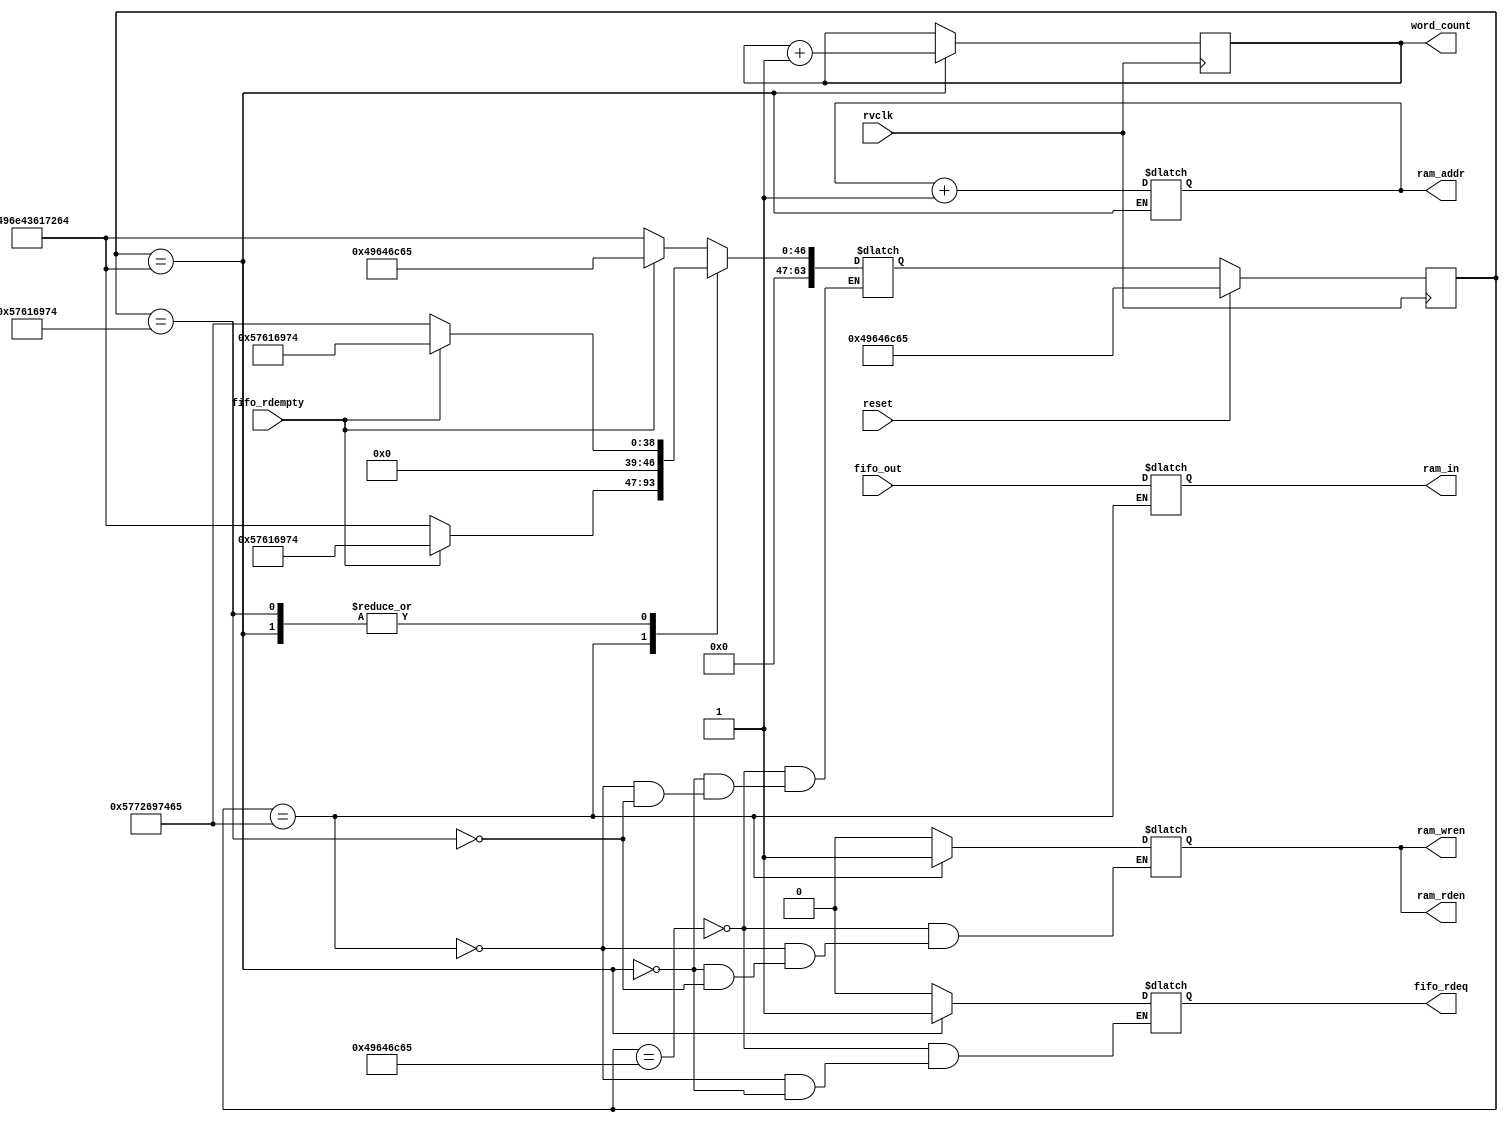
`timescale 1ns / 1ps
//////////////////////////////////////////////////////////////////////////////////
// Company: 
// Engineer: 
// 
// Design Name: 
// Module Name: Block_RAM
// Project Name: 
// Target Devices: 
// Tool Versions: 
// Description: 
// 
// Dependencies: 
// 
// Revision:
// Revision 0.01 - File Created
// Additional Comments:
// 
//////////////////////////////////////////////////////////////////////////////////


module Block_RAM(
    input rvclk,
    input reset,
    ///fifo to ram
    input [31:0] fifo_out,
    input fifo_rdempty,
    output reg  fifo_rdeq = 'b0,
    //ram out
    
    output reg[31:0] ram_in= 'b0,
    output reg [7:0] ram_addr= 'hff,
    output reg ram_wren= 'b0,
    output reg ram_rden= 'b0,
    output reg[8:0] word_count= 'b0
       
    );
    
    reg [63:0]wrctrlstate= 'b0;
    reg [63:0]rdctrlstate= 'b0;
    reg [63:0]next_state_fi,next_state_fo; 
    
    parameter IDLE   = 'h49646c65;
    parameter WRITE  = 'h5772697465;
    parameter INCADR = 'h496e43617264;
    parameter WAIT   = 'h57616974;
    parameter DONE   = 'h446f6e65;
    
    always@(posedge rvclk)begin     //stste reg
        if(reset)begin
            rdctrlstate <= IDLE;
        end
        else begin 
            rdctrlstate <= next_state_fo;
        end 
    end
    always@(*)begin         //next stste logic
        case(rdctrlstate)
             IDLE:   
                begin
                    if(!fifo_rdempty)
                        next_state_fo = INCADR;
                    else
                        next_state_fo = IDLE;
                end           
            INCADR:
                if(fifo_rdempty == 'b0) 
                    begin
                        next_state_fo = WRITE;  
                    end
                else
                    next_state_fo = WAIT;              
            WRITE:
                if(fifo_rdempty == 'b0)
                begin
                    next_state_fo = INCADR;
                end
                else
                    next_state_fo = WAIT;
            WAIT:
                if(fifo_rdempty == 'b0)
                    next_state_fo = WRITE;               
                else
                    next_state_fo = WAIT;
        endcase
    end
    
    always@(*)begin     //output logic
        case(rdctrlstate)
            IDLE:   
                begin
                fifo_rdeq = 'b0;
                ram_wren = 'b0;
                ram_rden = 'b0;
                end         
            WRITE: begin
                ram_in = fifo_out;
                ram_wren = 'b1;
                ram_rden = 'b1;
                fifo_rdeq = 'b0; 
                //word_count = word_count + 'b1;                           
                end
            INCADR: begin
                fifo_rdeq = 'b1;
                ram_addr = ram_addr + 'b1;
                ram_wren = 'b0;
                ram_rden = 'b0;
                end
            WAIT:
                begin
                ram_wren = 'b0;
                ram_rden = 'b0; 
                end  
        endcase
    end   
    
  ////////////////////////////////////////////////////////////////////////////   
     always@(posedge rvclk)begin     // word count  add one
        if(rdctrlstate == INCADR)begin
            word_count = word_count + 'b1;   
        end
        else begin 
            word_count = word_count;   
        end 
    end   
endmodule